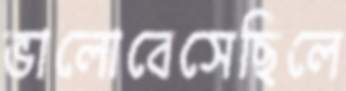
ভালোবেসেছিলে